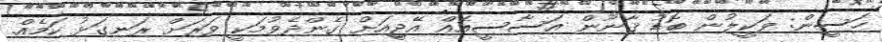
ހަސީން: ވަކީލުން ބޮޑު ޤާނޫން އަސާސީއެއް އޭޖީއަށް ގެންދެވުމަކީ ވަރަށް ރަނގަޅު ކަމެއް.